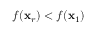
f ( \mathbf { x } _ { r } ) < f ( \mathbf { x } _ { 1 } )